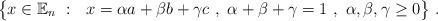
LaTeX: \begin{align*}\big\{x\in \mathbb{E}_n \ : \ \ x=\alpha a + \beta b + \gamma c\ , \ \alpha + \beta +\gamma =1 \ , \ \alpha,\beta,\gamma \ge 0\big\}\ .\end{align*}